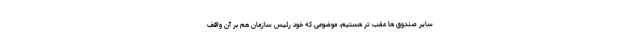
سایر صندوق ها عقب تر هستیم، موضوعی که خود رئیس سازمان هم بر آن واقف